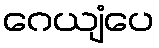
ဂေယျံပေ